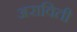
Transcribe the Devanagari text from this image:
अराविती